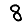
Digit: 8